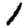
Digit: 1